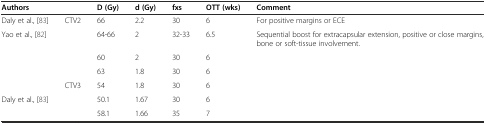
| Authors |  | D (Gy) | d (Gy) | fxs | OTT (wks) | Comment |
 | --- | --- | --- | --- | --- | --- | --- |
 | Daly et al., [83] | CTV2 | 66 | 2.2 | 30 | 6 | For positive margins or ECE |
 | Yao et al., [82] |  | 64-66 | 2 | 32-33 | 6.5 | Sequential boost for extracapsular extension, positive or close margins, bone or soft-tissue involvement. |
 |  |  | 60 | 2 | 30 | 6 |  |
 |  |  | 63 | 1.8 | 30 | 6 |  |
 |  | CTV3 | 54 | 1.8 | 30 | 6 |  |
 | Daly et al., [83] |  | 50.1 | 1.67 | 30 | 6 |  |
 |  |  | 58.1 | 1.66 | 35 | 7 |  |